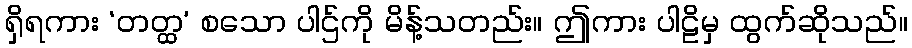
ရှိရကား ‘တတ္ထ’ စသော ပါဌ်ကို မိန့်သတည်း။ ဤကား ပါဠိမှ ထွက်ဆိုသည်။